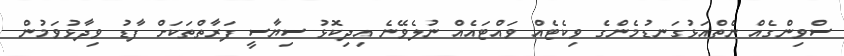
ސްވިންގެއް ނެތްއަޅުގަނޑުމެންގެ ވިކެޓެއް ވައްޓައެއް ނުލެވޭނެ އިދިކޮޅު ސިޔާސީ ފަރާތްތަކަށް ފާޑު ވިދާޅުވަމުން